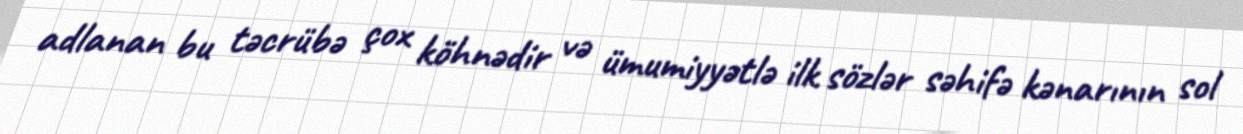
adlanan bu təcrübə çox köhnədir və ümumiyyətlə ilk sözlər səhifə kənarının sol